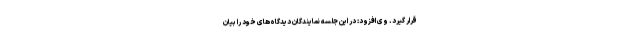
قرار گیرد. وی افزود: در این جلسه نمایندگان دیدگاه‌های خود را بیان